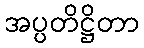
အပ္ပတိဋ္ဌိတာ